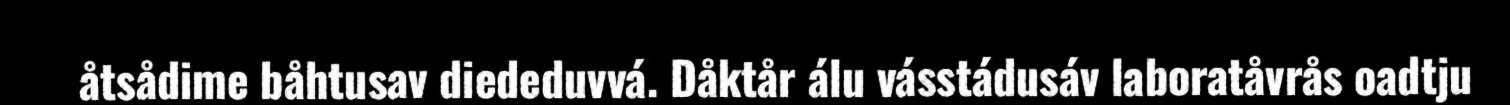
åtsådime båhtusav diededuvvá. Dåktår álu vásstádusáv laboratåvrås oadtju